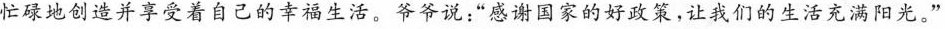
忙碌地创造并享受着自己的幸福生活。爷爷说：”感谢国家的好政策，让我们的生活充满阳光。”